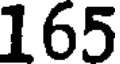
165